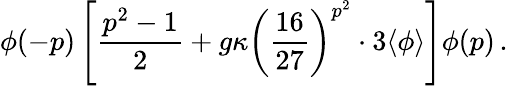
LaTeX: \phi(-p)\left[\frac{p^{2}-1}{2}+g\kappa\left(\frac{16}{27}\right)^{p^{2}}\cdot 3\langle\phi\rangle\right]\phi(p)\, .